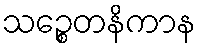
သဉ္စေတနိကာန